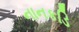
નાનકડિ